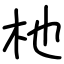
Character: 杝